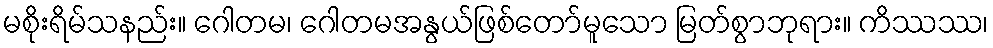
မစိုးရိမ်သနည်း။ ဂေါတမ၊ ဂေါတမအနွယ်ဖြစ်တော်မူသော မြတ်စွာဘုရား။ ကိဿဿ၊